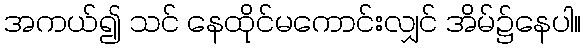
အကယ်၍ သင် နေထိုင်မကောင်းလျှင် အိမ်၌နေပါ။